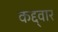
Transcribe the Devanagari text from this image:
कद्द्वार